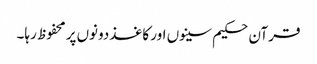
قرآن حکیم سینوں اور کاغذ‌دونوں‌پر محفوظ رہا۔